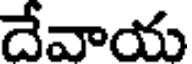
దేవాయ